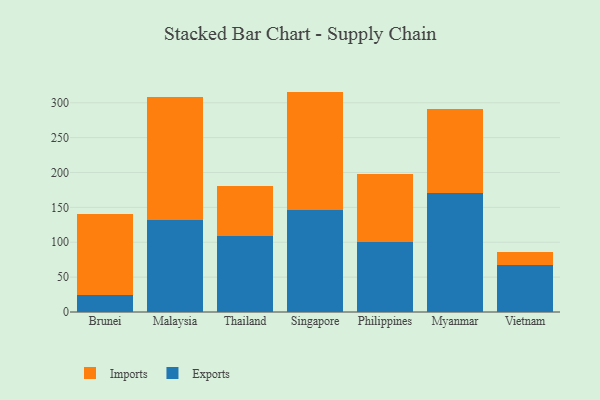
{"axis": {"x": "Country", "y": "Bounce Rate (%)"}, "legend": ["Exports", "Imports"], "data": [{"x": "Brunei", "y": 24.5, "type": "Exports"}, {"x": "Brunei", "y": 115.8, "type": "Imports"}, {"x": "Malaysia", "y": 131.4, "type": "Exports"}, {"x": "Malaysia", "y": 176.8, "type": "Imports"}, {"x": "Thailand", "y": 108.3, "type": "Exports"}, {"x": "Thailand", "y": 72.5, "type": "Imports"}, {"x": "Singapore", "y": 146.7, "type": "Exports"}, {"x": "Singapore", "y": 169.3, "type": "Imports"}, {"x": "Philippines", "y": 100.9, "type": "Exports"}, {"x": "Philippines", "y": 96.8, "type": "Imports"}, {"x": "Myanmar", "y": 171.2, "type": "Exports"}, {"x": "Myanmar", "y": 120.1, "type": "Imports"}, {"x": "Vietnam", "y": 67.0, "type": "Exports"}, {"x": "Vietnam", "y": 19.7, "type": "Imports"}]}